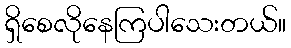
ရှိစေလိုနေကြပါသေးတယ်။